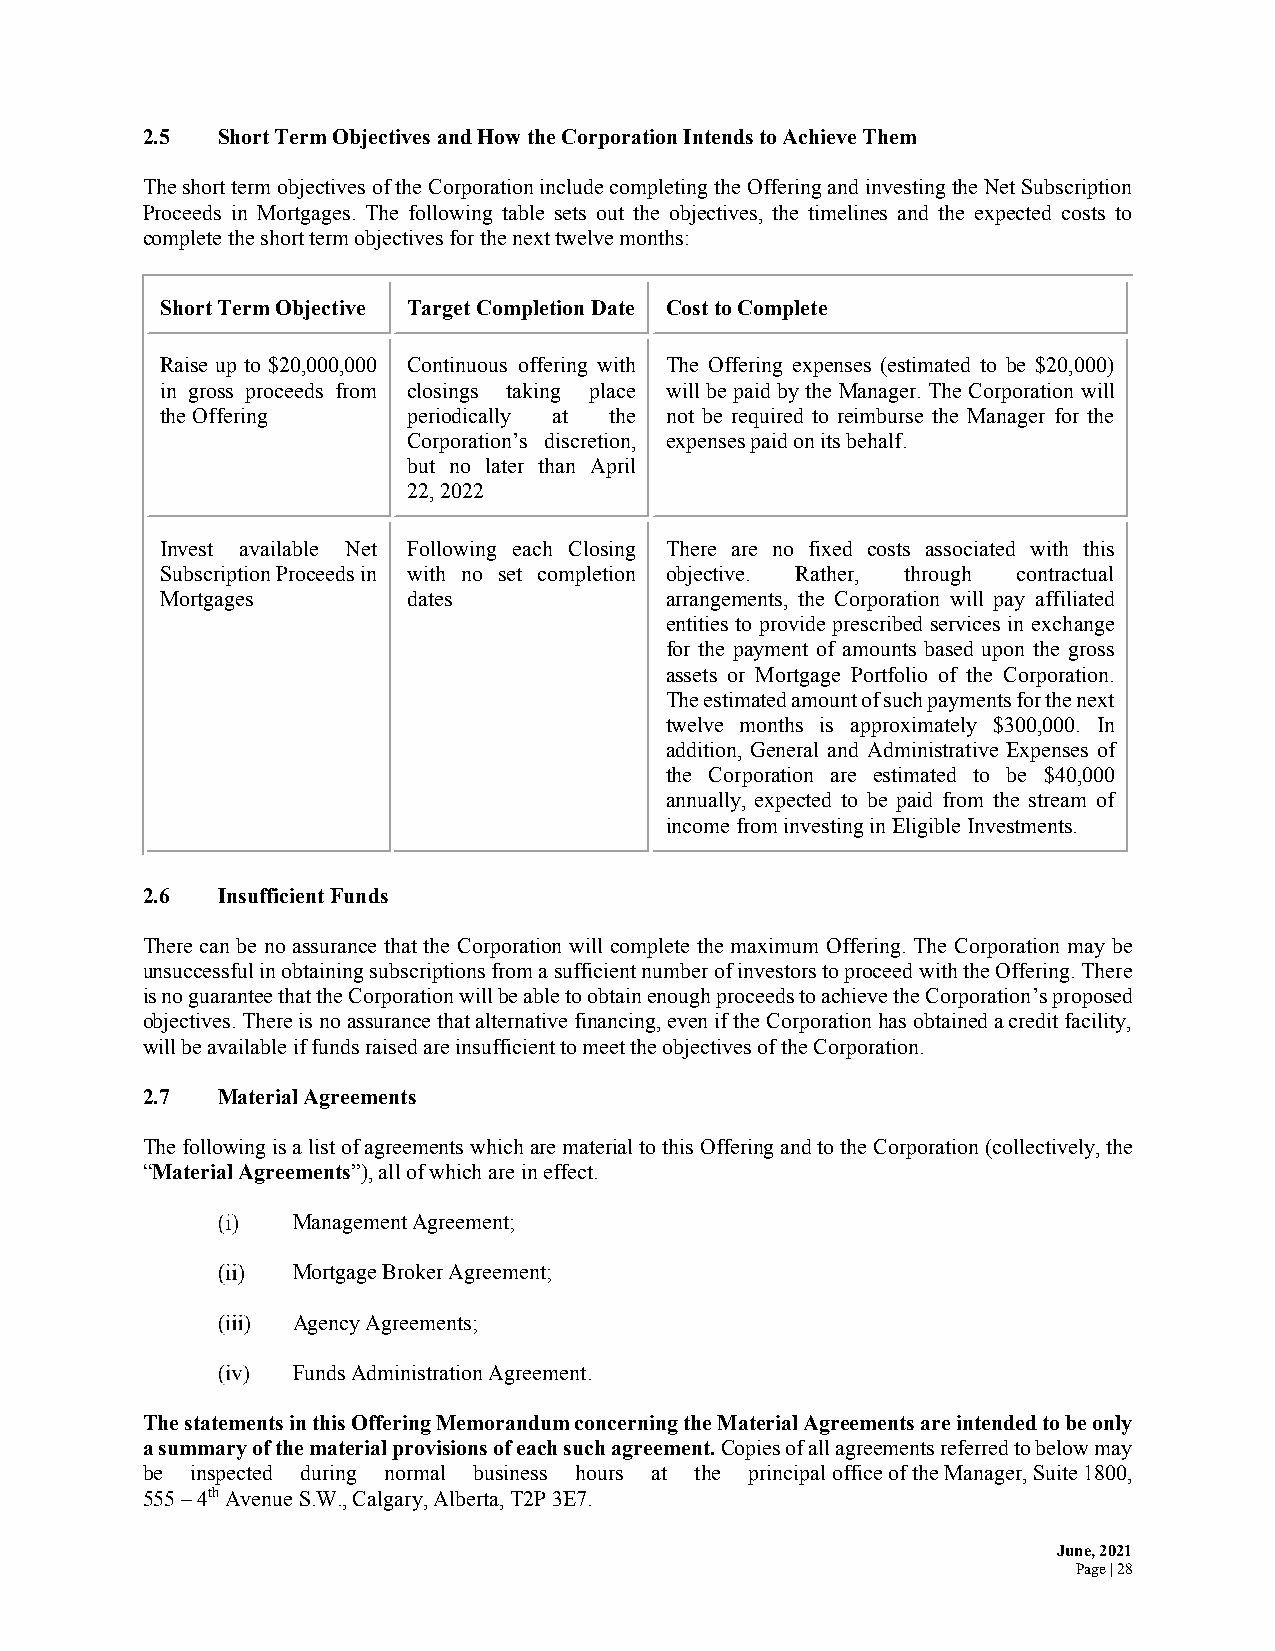
2.5  Short Term Objectives and How the Corporation Intends to Achieve Them
 The short term objectives of the Corporation include completing the Offering and investing the Net Subscription
 Proceeds in Mortgages. The following table sets out the objectives, the timelines and the expected costs to
 complete the short term objectives for the next twelve months:
 Short Term Objective Target Completion Date Cost to Complete
 Raise up to $20,000,000 Continuous offering with The Offering expenses (estimated to be $20,000)
 in gross proceeds from closings taking place will be paid by the Manager. The Corporation will
 the Offering    periodically at the not be required to reimburse the Manager for the
 Corporation’s discretion, expenses paid on its behalf.
 but no later than April
 22, 2022
 Invest available Net Following each Closing There are no fixed costs associated with this
 Subscription Proceeds in with no set completion objective. Rather, through contractual
 Mortgages       dates            arrangements, the Corporation will pay affiliated
 entities to provide prescribed services in exchange
 for the payment of amounts based upon the gross
 assets or Mortgage Portfolio of the Corporation.
 The estimated amount of such payments for the next
 twelve months is approximately $300,000. In
 addition, General and Administrative Expenses of
 the Corporation are estimated to be $40,000
 annually, expected to be paid from the stream of
 income from investing in Eligible Investments.
 2.6  Insufficient Funds
 There can be no assurance that the Corporation will complete the maximum Offering. The Corporation may be
 unsuccessful in obtaining subscriptions from a sufficient number of investors to proceed with the Offering. There
 is no guarantee that the Corporation will be able to obtain enough proceeds to achieve the Corporation’s proposed
 objectives. There is no assurance that alternative financing, even if the Corporation has obtained a credit facility,
 will be available if funds raised are insufficient to meet the objectives of the Corporation.
 2.7  Material Agreements
 The following is a list of agreements which are material to this Offering and to the Corporation (collectively, the
 “Material Agreements”), all of which are in effect.
 Management Agreement;
 Mortgage Broker Agreement;
 Agency Agreements;
 Funds Administration Agreement.
 The statements in this Offering Memorandum concerning the Material Agreements are intended to be only
 a summary of the material provisions of each such agreement. Copies of all agreements referred to below may
 be  inspected during normal business hours at the principal office of the Manager, Suite 1800,
 555 – 4th Avenue S.W., Calgary, Alberta, T2P 3E7.
 June, 2021
 Page | 28